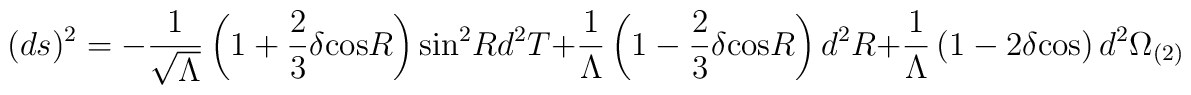
(ds)^2 = -\frac{1}{\sqrt{\Lambda}} \left(1+\frac{2}{3} \delta  {\rm cos} R\right){\rm sin}^2R d^2T + \frac{1}{\Lambda}\left(1-\frac{2}{3}\delta  {\rm cos} R\right)d^2R + \frac{1}{\Lambda}\left(1-2\delta {\rm cos}\right)d^2\Omega_{(2)}